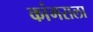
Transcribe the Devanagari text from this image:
कांगराला